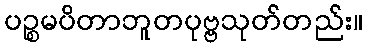
ပဉ္စမပိတာဘူတပုဗ္ဗသုတ်တည်း။